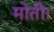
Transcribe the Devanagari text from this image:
मोती।